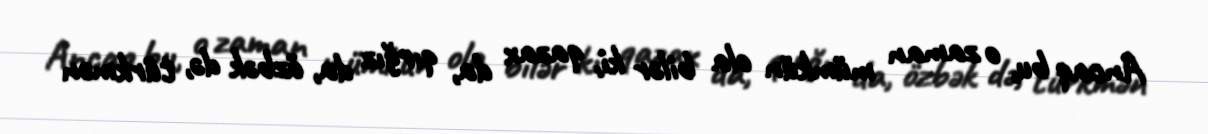
Ancaq bu, o zaman mümkün ola bilər ki, qazax da, qırğız da, özbək də, türkmən